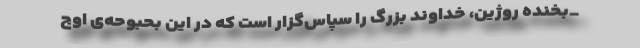
_بخنده روژین، خداوند بزرگ را سپاس‌گزار است که در این بحبوحه‌ی اوج